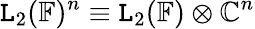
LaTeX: \mathtt{L}_{2}(\mathbb{{F}})^{n}\equiv\mathtt{L}_{2}(\mathbb{{F}})\otimes\mathbb{{C}}^{n}